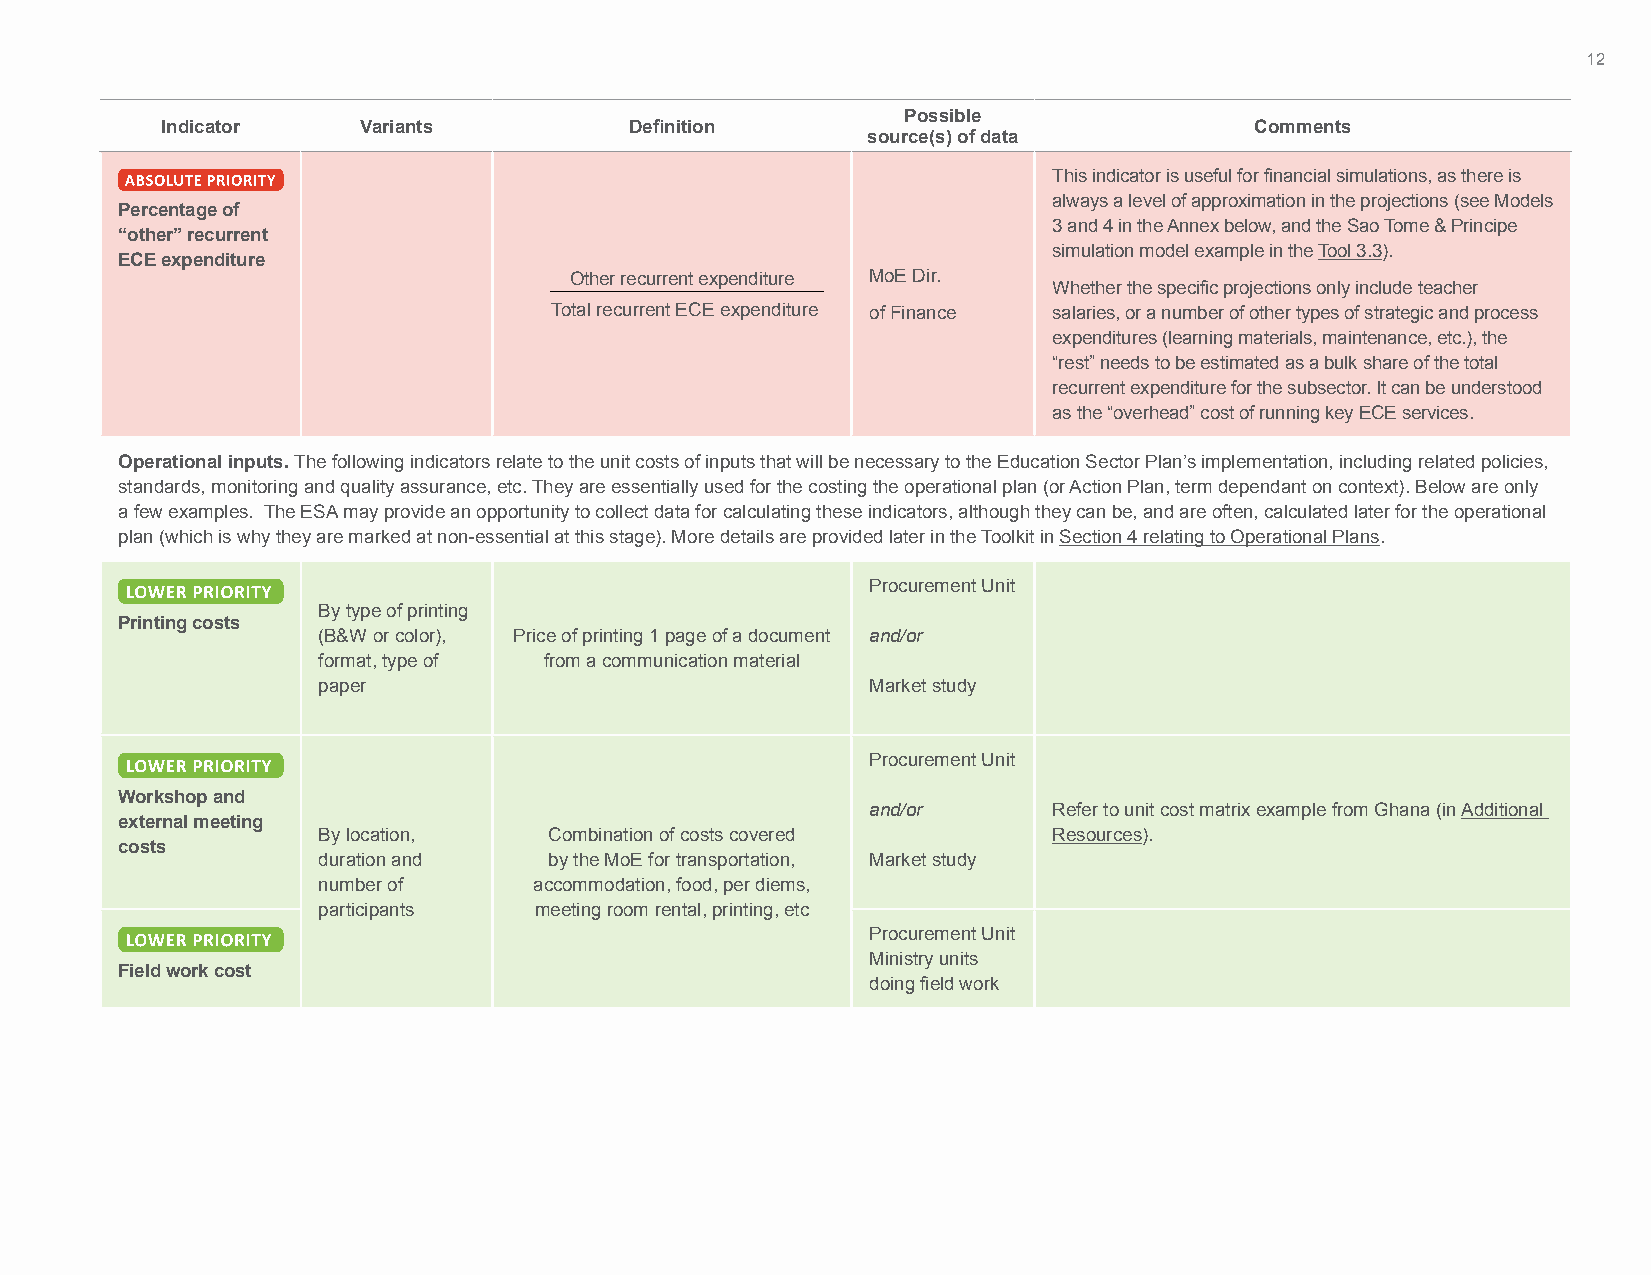
12
 Possible
 Indicator    Variants          Definition                               Comments
 source(s) of data
 This indicator is useful for financial simulations, as there is
 always a level of approximation in the projections (see Models
 Percentage of
 3 and 4 in the Annex below, and the Sao Tome & Principe
 “other” recurrent
 simulation model example in the Tool 3.3).
 ECE expenditure
 Other recurrent expenditure MoE Dir.
 Whether the specific projections only include teacher
 Total recurrent ECE expenditure of Finance salaries, or a number of other types of strategic and process
 expenditures (learning materials, maintenance, etc.), the
 “rest” needs to be estimated as a bulk share of the total
 recurrent expenditure for the subsector. It can be understood
 as the “overhead” cost of running key ECE services.
 Operational inputs. The following indicators relate to the unit costs of inputs that will be necessary to the Education Sector Plan’s implementation, including related policies,
 standards, monitoring and quality assurance, etc. They are essentially used for the costing the operational plan (or Action Plan, term dependant on context). Below are only
 a few examples. The ESA may provide an opportunity to collect data for calculating these indicators, although they can be, and are often, calculated later for the operational
 plan (which is why they are marked at non-essential at this stage). More details are provided later in the Toolkit in Section 4 relating to Operational Plans.
 Procurement Unit
 By type of printing
 Printing costs
 (B&W or color), Price of printing 1 page of a document and/or
 format, type of from a communication material
 paper                                Market study
 Procurement Unit
 Workshop and
 and/or      Refer to unit cost matrix example from Ghana (in Additional
 external meeting
 By location,   Combination of costs covered      Resources).
 costs
 duration and   by the MoE for transportation, Market study
 number of     accommodation, food, per diems,
 participants  meeting room rental, printing, etc
 Procurement Unit
 Ministry units
 Field work cost
 doing field work